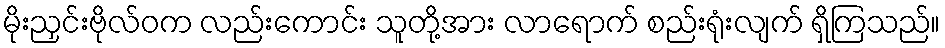
မိုးညှင်းဗိုလ်ဝက လည်းကောင်း သူတို့အား လာရောက် စည်းရုံးလျက် ရှိကြသည်။